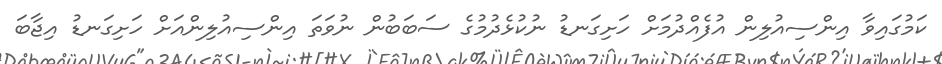
ކަމުގައިވާ އިންސިއުލިން އުފެއްދުމަށް ހަށިގަނޑު ނުކުޅެދުމުގެ ސަބަބުން ނުވަތަ އިންސިއުލިންއަށް ހަށިގަނޑު އިޖާބަ